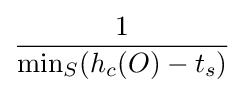
{\frac {1}{\min _{S}(h_{c}(O)-t_{s})}}